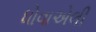
ધોવાએલી